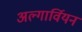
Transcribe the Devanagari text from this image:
अल्गार्वियन